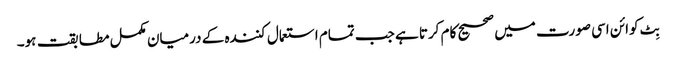
بِٹ کوائن اسی صورت میں صحیح کام کرتا ہے جب تمام استعمال کنندہ کے درمیان مکمل مطابقت ہو۔